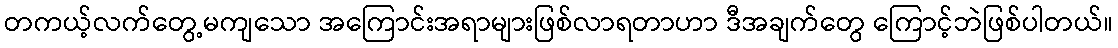
တကယ့်လက်တွေ့မကျသော အကြောင်းအရာများဖြစ်လာရတာဟာ ဒီအချက်တွေ ကြောင့်ဘဲဖြစ်ပါတယ်။